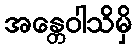
အန္တေဝါသိမှိ